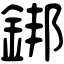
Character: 𨧜